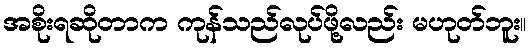
အစိုးရဆိုတာက ကုန်သည်လုပ်ဖို့လည်း မဟုတ်ဘူး။